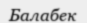
Балабек